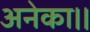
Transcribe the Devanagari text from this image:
अनेका।।